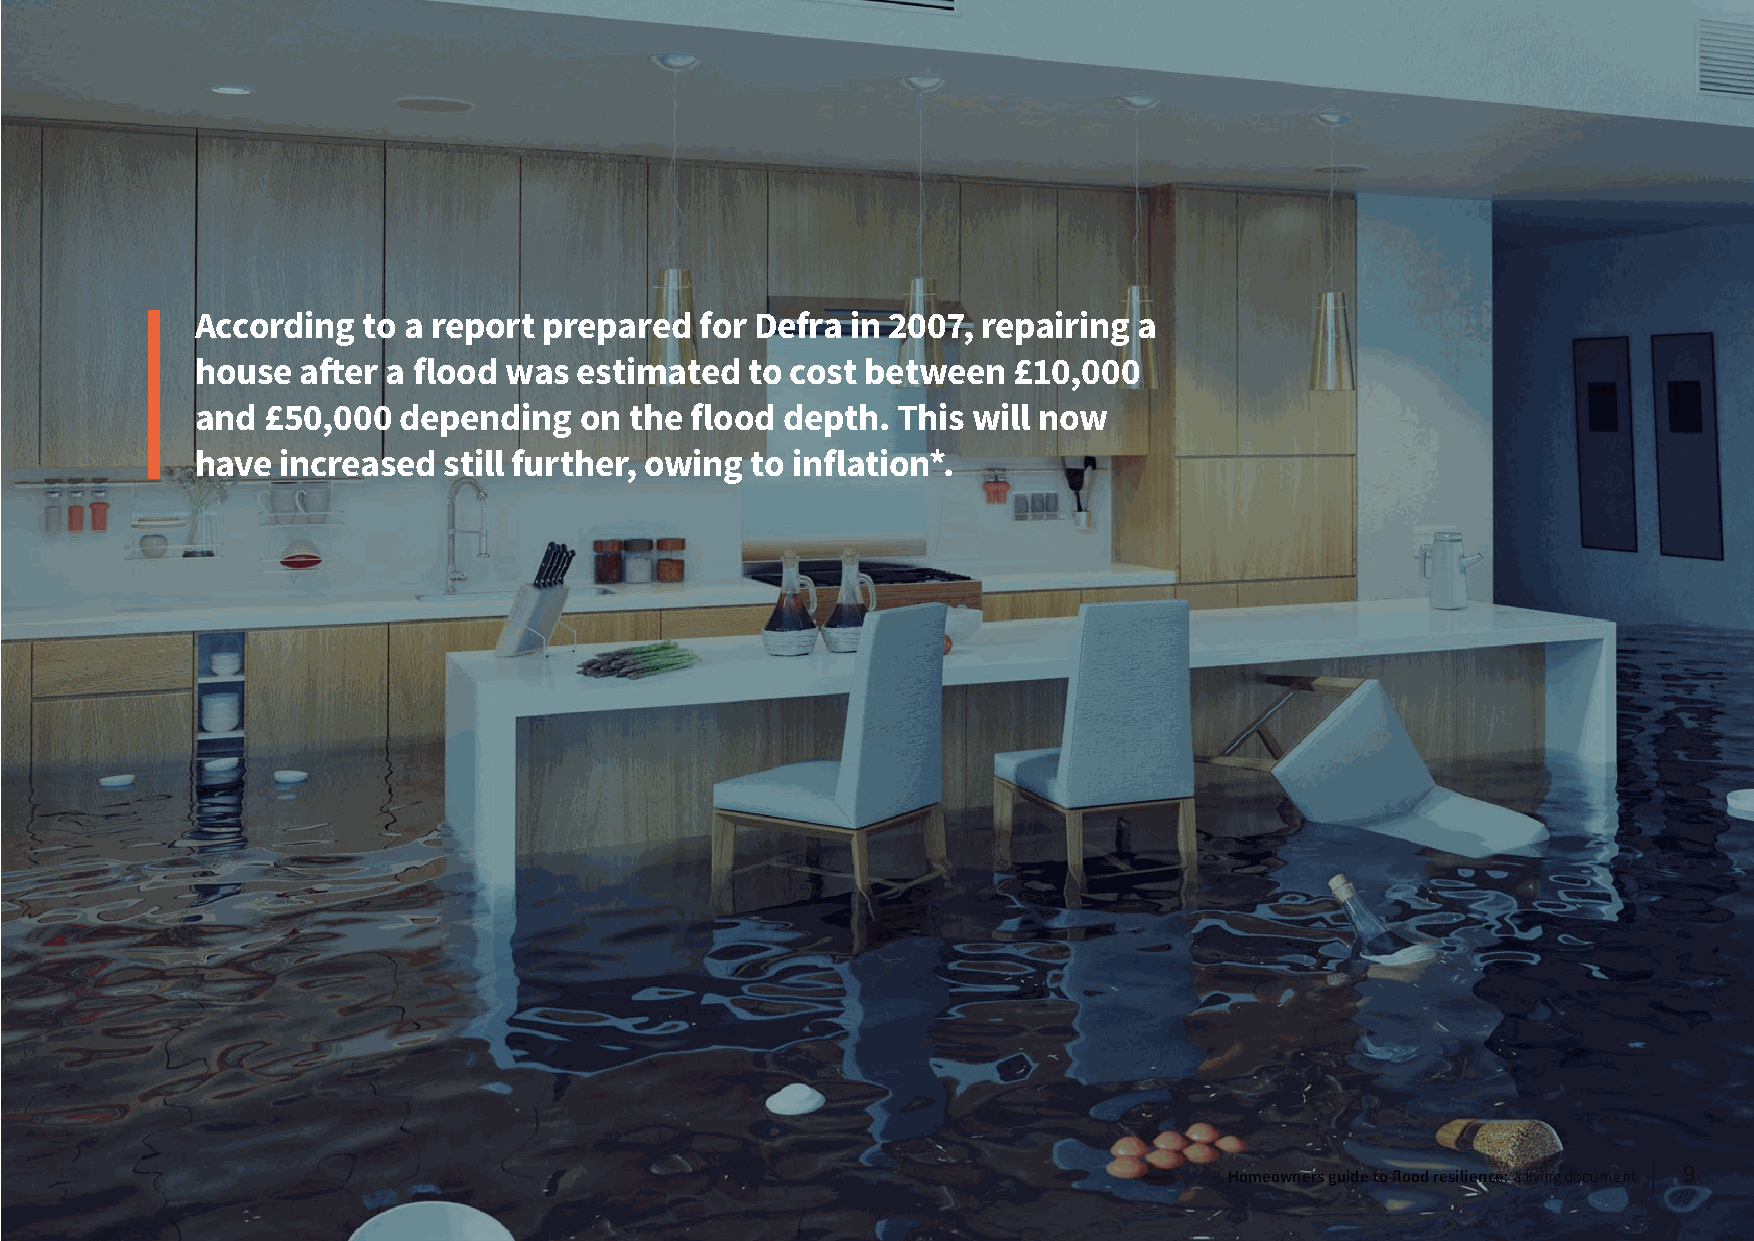
According  to a report prepared  for Defra in 2007, repairing a
 house  after a flood was estimated   to cost between  £10,000
 and £50,000  depending   on  the flood depth. This will now
 have  increased still further, owing to inflation*.
 Homeowners guide to flood resilience: a living document 9